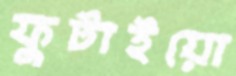
ফুটাইয়ো